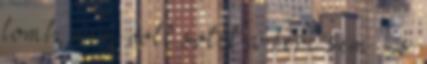
lomb, nem volt sötét a bérc sem - s